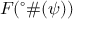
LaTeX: F ( ^ { \circ } \# ( \psi ) )